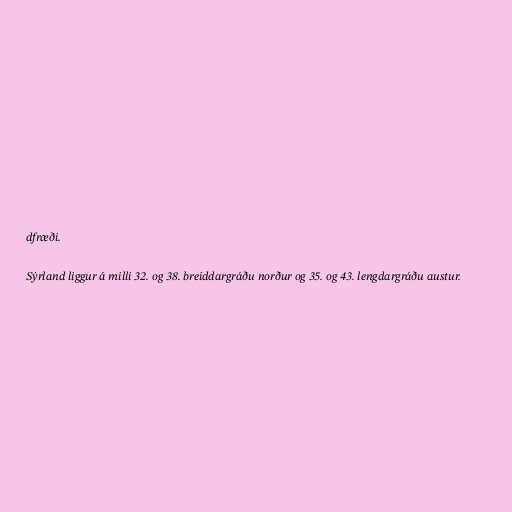
dfræði.

Sýrland liggur á milli 32. og 38. breiddargráðu norður og 35. og 43. lengdargráðu austur.